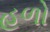
હળો